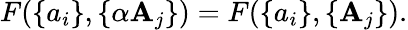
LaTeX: F(\{ a_{i}\} ,\{ \alpha\mathbf{A}_{j}\} )=F(\{ a_{i}\} ,\{ \mathbf{A}_{j}\} ).